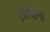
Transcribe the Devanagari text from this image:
एग्रीपीना